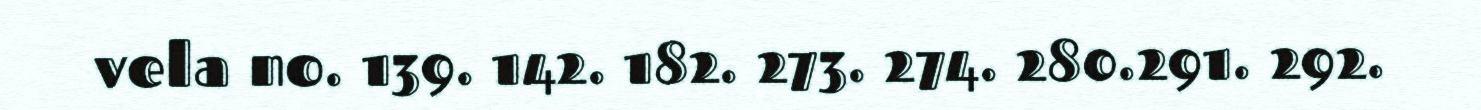
vela no. 139. 142. 182. 273. 274. 280.291. 292.